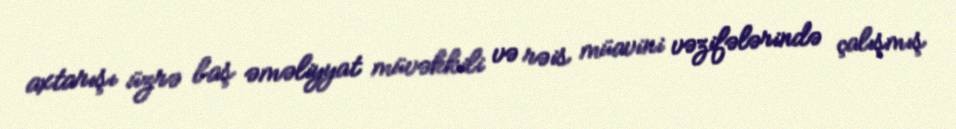
axtarışı üzrə baş əməliyyat müvəkkili və rəis müavini vəzifələrində çalışmış